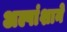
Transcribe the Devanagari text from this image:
अल्पांशाने